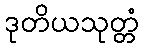
ဒုတိယသုတ္တံ